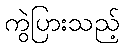
ကွဲပြားသည့်